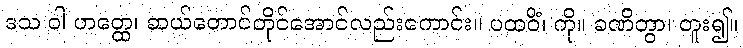
ဒသ ဝါ ဟတ္ထေ၊ ဆယ်တောင်တိုင်အောင်လည်းကောင်း။ ပထဝိံ၊ ကို။ ခဏိတွာ၊ တူး၍။